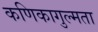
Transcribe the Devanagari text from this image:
कणिकागुल्मता